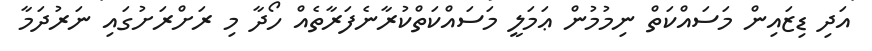
އަދި ޑިޒައިން މަސައްކަތް ނިމުމުން ޢަމަލީ މަސައްކަތްކުރާނެފަރާތެއް ހޯދާ މި ރަށްރަށުގައި ނަރުދަމާ